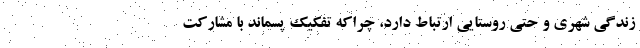
زندگی شهری و حتی روستایی ارتباط دارد، چراکه تفکیک پسماند با مشارکت